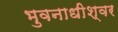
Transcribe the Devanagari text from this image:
भुवनाधीश्वर